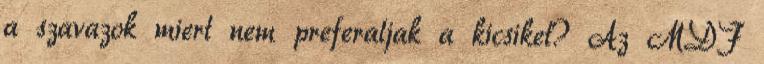
a szavazok miert nem preferaljak a kicsiket? Az MDF